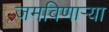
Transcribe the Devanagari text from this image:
जमविणार्‍या